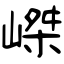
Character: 嵥